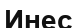
Инес